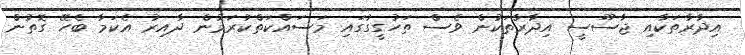
އިދާރާތަކާއި ޖާސޫސީ އިދާރާތަކުން ވެސް ތަހުގީގުގައި މަސައްކަތްކުރަމުން ދާއިރު އެކަމާ ބެހޭ ގޮތުން